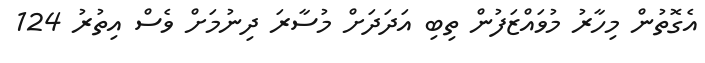
އެގޮތުން މިހާރު މުވައްޒަފުން ތިބި އަދަދަށް މުސާރަ ދިނުމަށް ވެސް އިތުރު 124